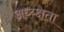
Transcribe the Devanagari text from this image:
अध्य्क्षता